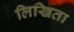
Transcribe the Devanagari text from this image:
लिखिता